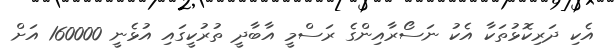
އެކި ދަރިކޮޅުތަކާ އެކު ނަސޯރާއިންގެ ރަސްމީ އާބާދީ ތުރުކީގައި އުޅެނީ 160000 އަށް